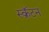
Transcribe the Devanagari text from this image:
स्क्रॅंटन